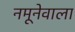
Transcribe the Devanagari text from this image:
नमूनेवाला